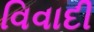
વિવાદી